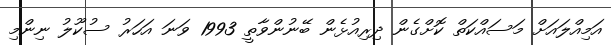
އަމިއްލައަށް މަސައްކަތް ކޮށްގެން ދިރިއުޅެން ބޭނުންވާތީ 1993 ވަނަ އަހަރު ސުކޫލު ނިންމި